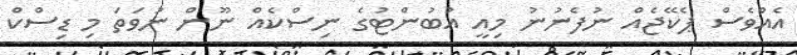
އެއްވެސް ޕެކޭޖެއް ނުފެނުނު މިއީ އުބުންޓުގެ ނިސްކެއް ނޫން ނުވަތަ މި ޑިސްކް